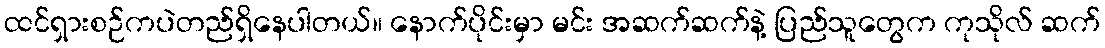
ထင်ရှားစဉ်ကပဲတည်ရှိနေပါတယ်။ နောက်ပိုင်းမှာ မင်း အဆက်ဆက်နဲ့ ပြည်သူတွေက ကုသိုလ် ဆက်